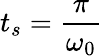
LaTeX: t_{s}=\frac{\pi}{\omega_{0}}